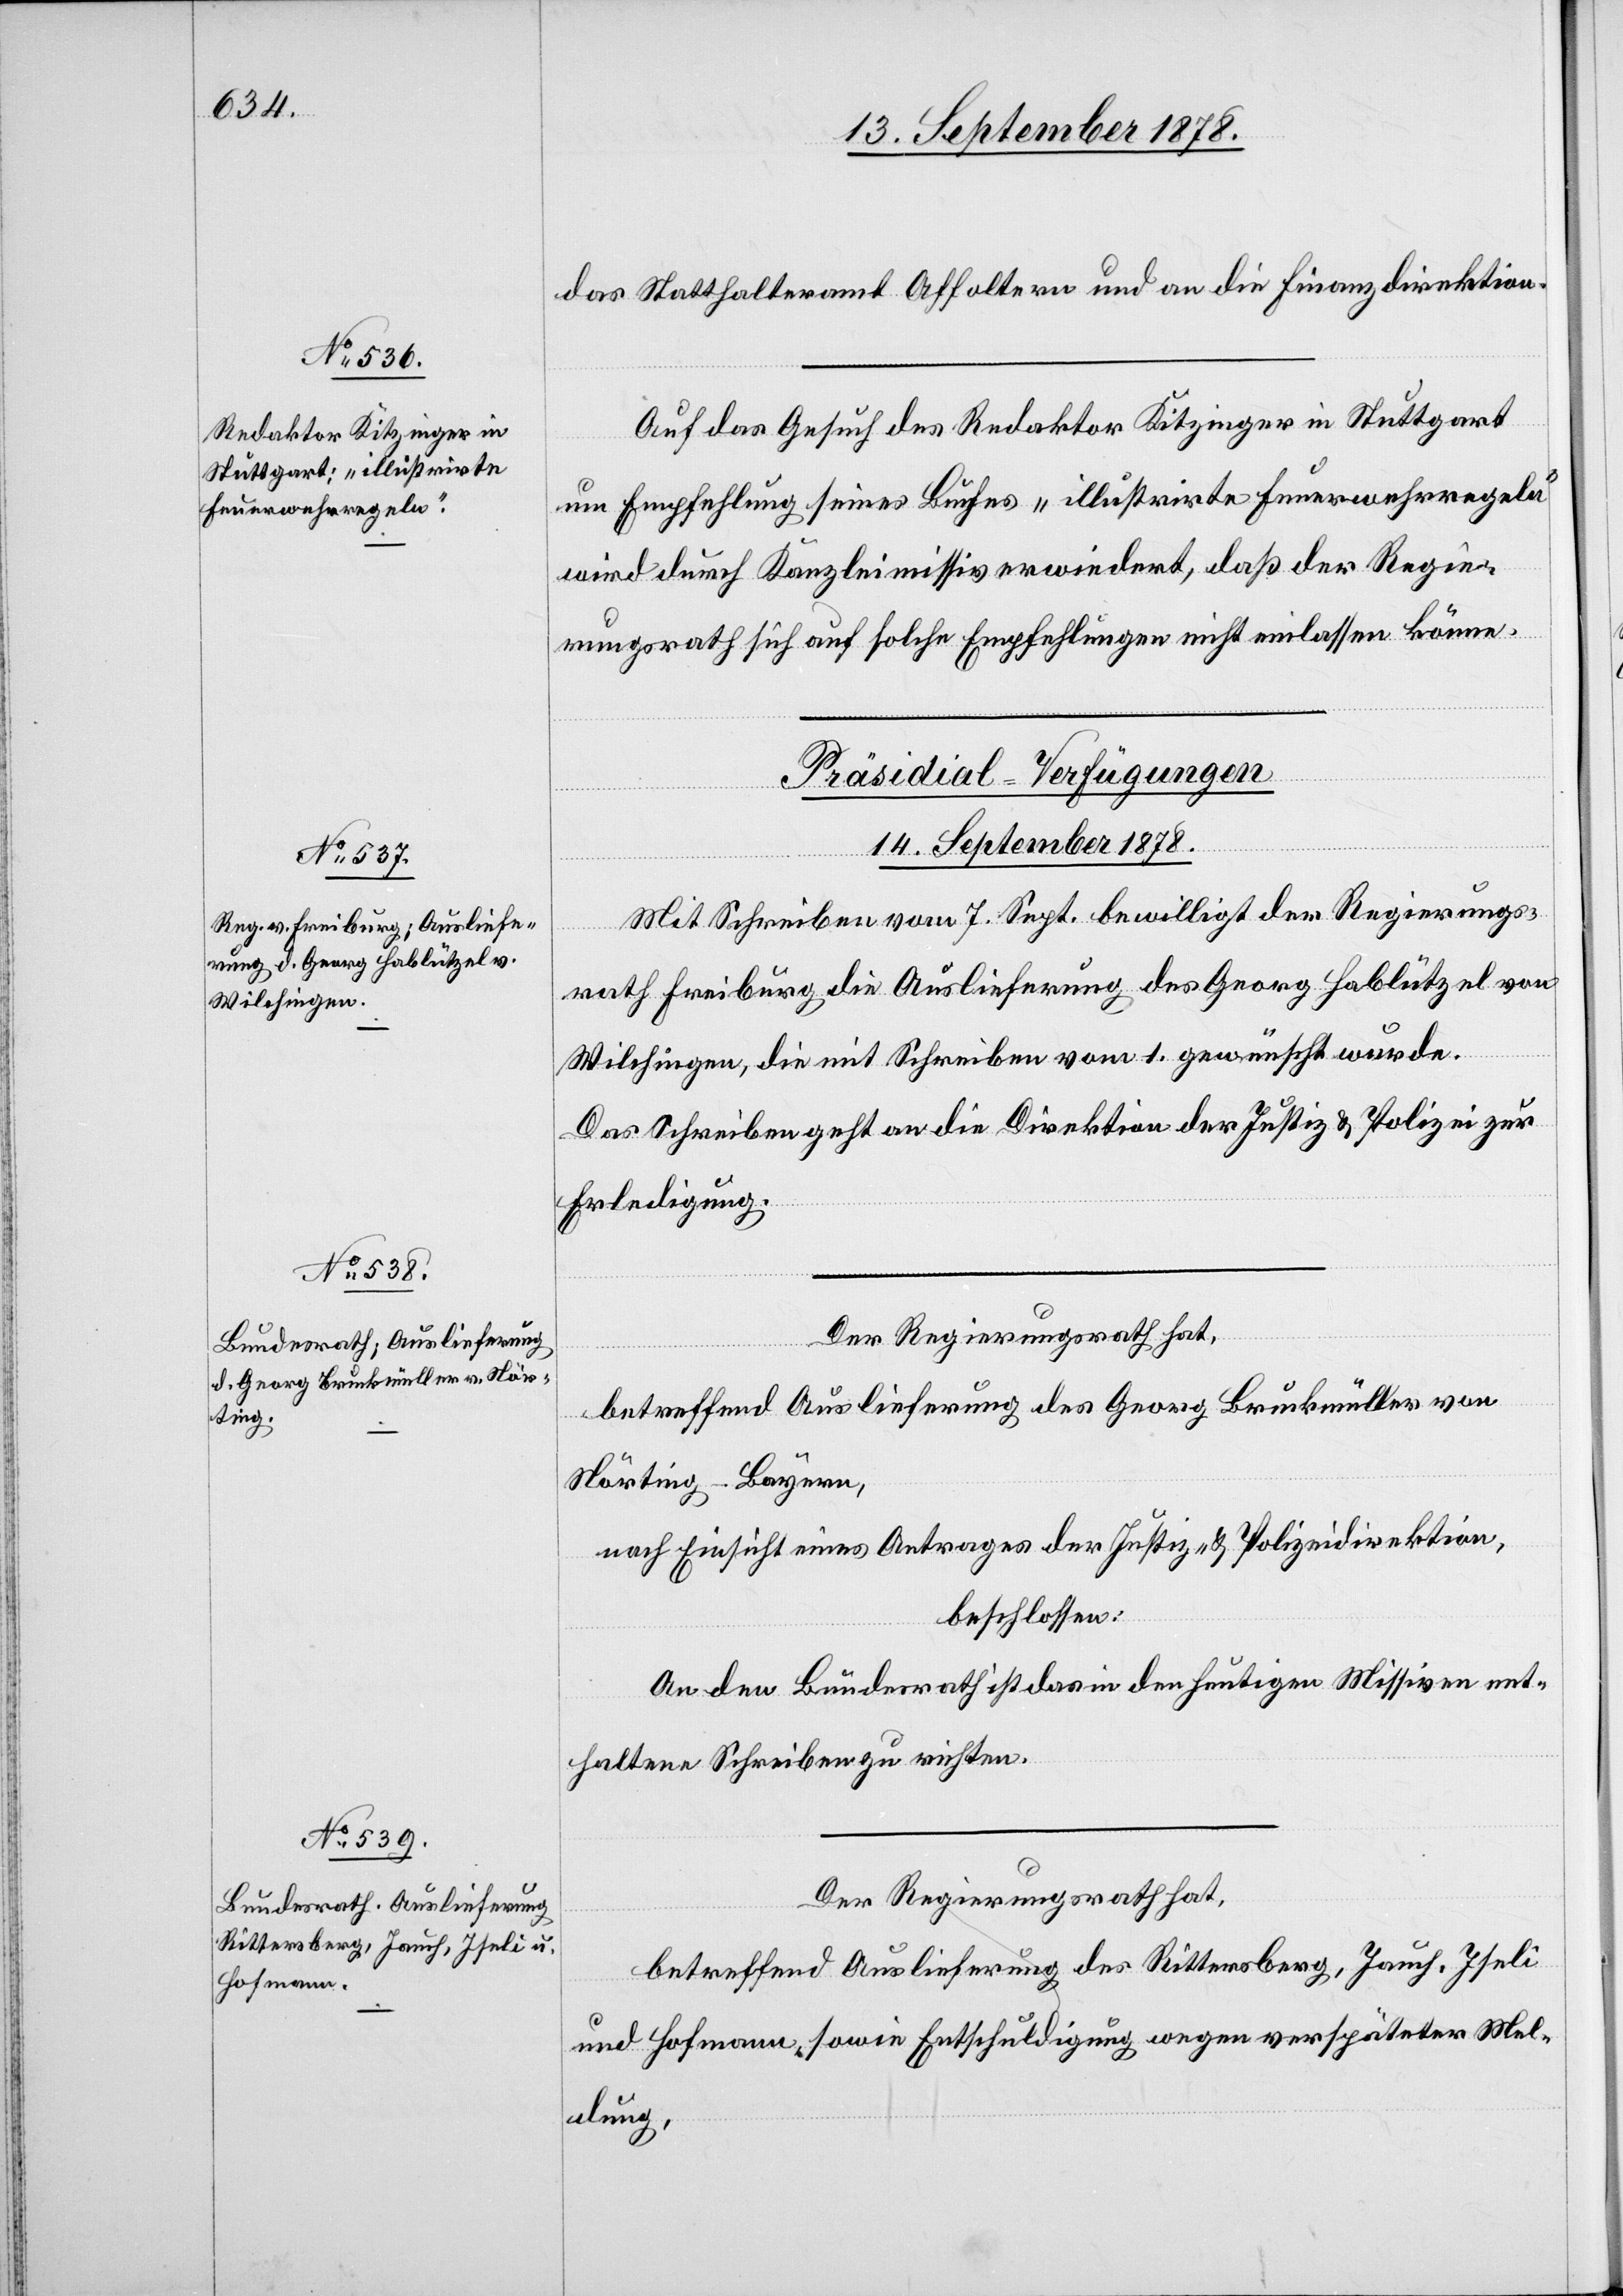
das Statthalteramt Affoltern und an die Finanzdirektion.
Auf das Gesuch des Redaktor Kitzinger in Stuttgart
um Empfehlung seines Buches „illustrirte Feuerwehrregeln“
wird durch Kanzleimissiv erwiedert, daß der Regie¬
rungsrath sich auf solche Empfehlungen nicht einlassen könne.
[Präsidial-Verfügungen
14. September 1878.]
Mit Schreiben vom 7. Sept. bewilligt der Regierungs¬
rath Freiburg die Auslieferung des Georg Hablützel von
Wilchingen, die mit Schreiben vom 1. gewünscht wurde.
Das Schreiben geht an die Direktion der Justiz & Polizei zur
Erledigung.
Der Regierungsrath hat,
betreffend Auslieferung des Georg Bruckmüller von
Nörting - Bayern,
nach Einsicht eines Antrages der Justiz- & Polizeidirektion,
beschlossen:
An den Bundesrath ist das in den heutigen Missiven ent¬
haltene Schreiben zu richten.
Der Regierungsrath hat,
betreffend Auslieferung des Rittersberg, Jauch, Iseli
und Hofmann, sowie Entschuldigung wegen verspäteter Mel¬
dung,